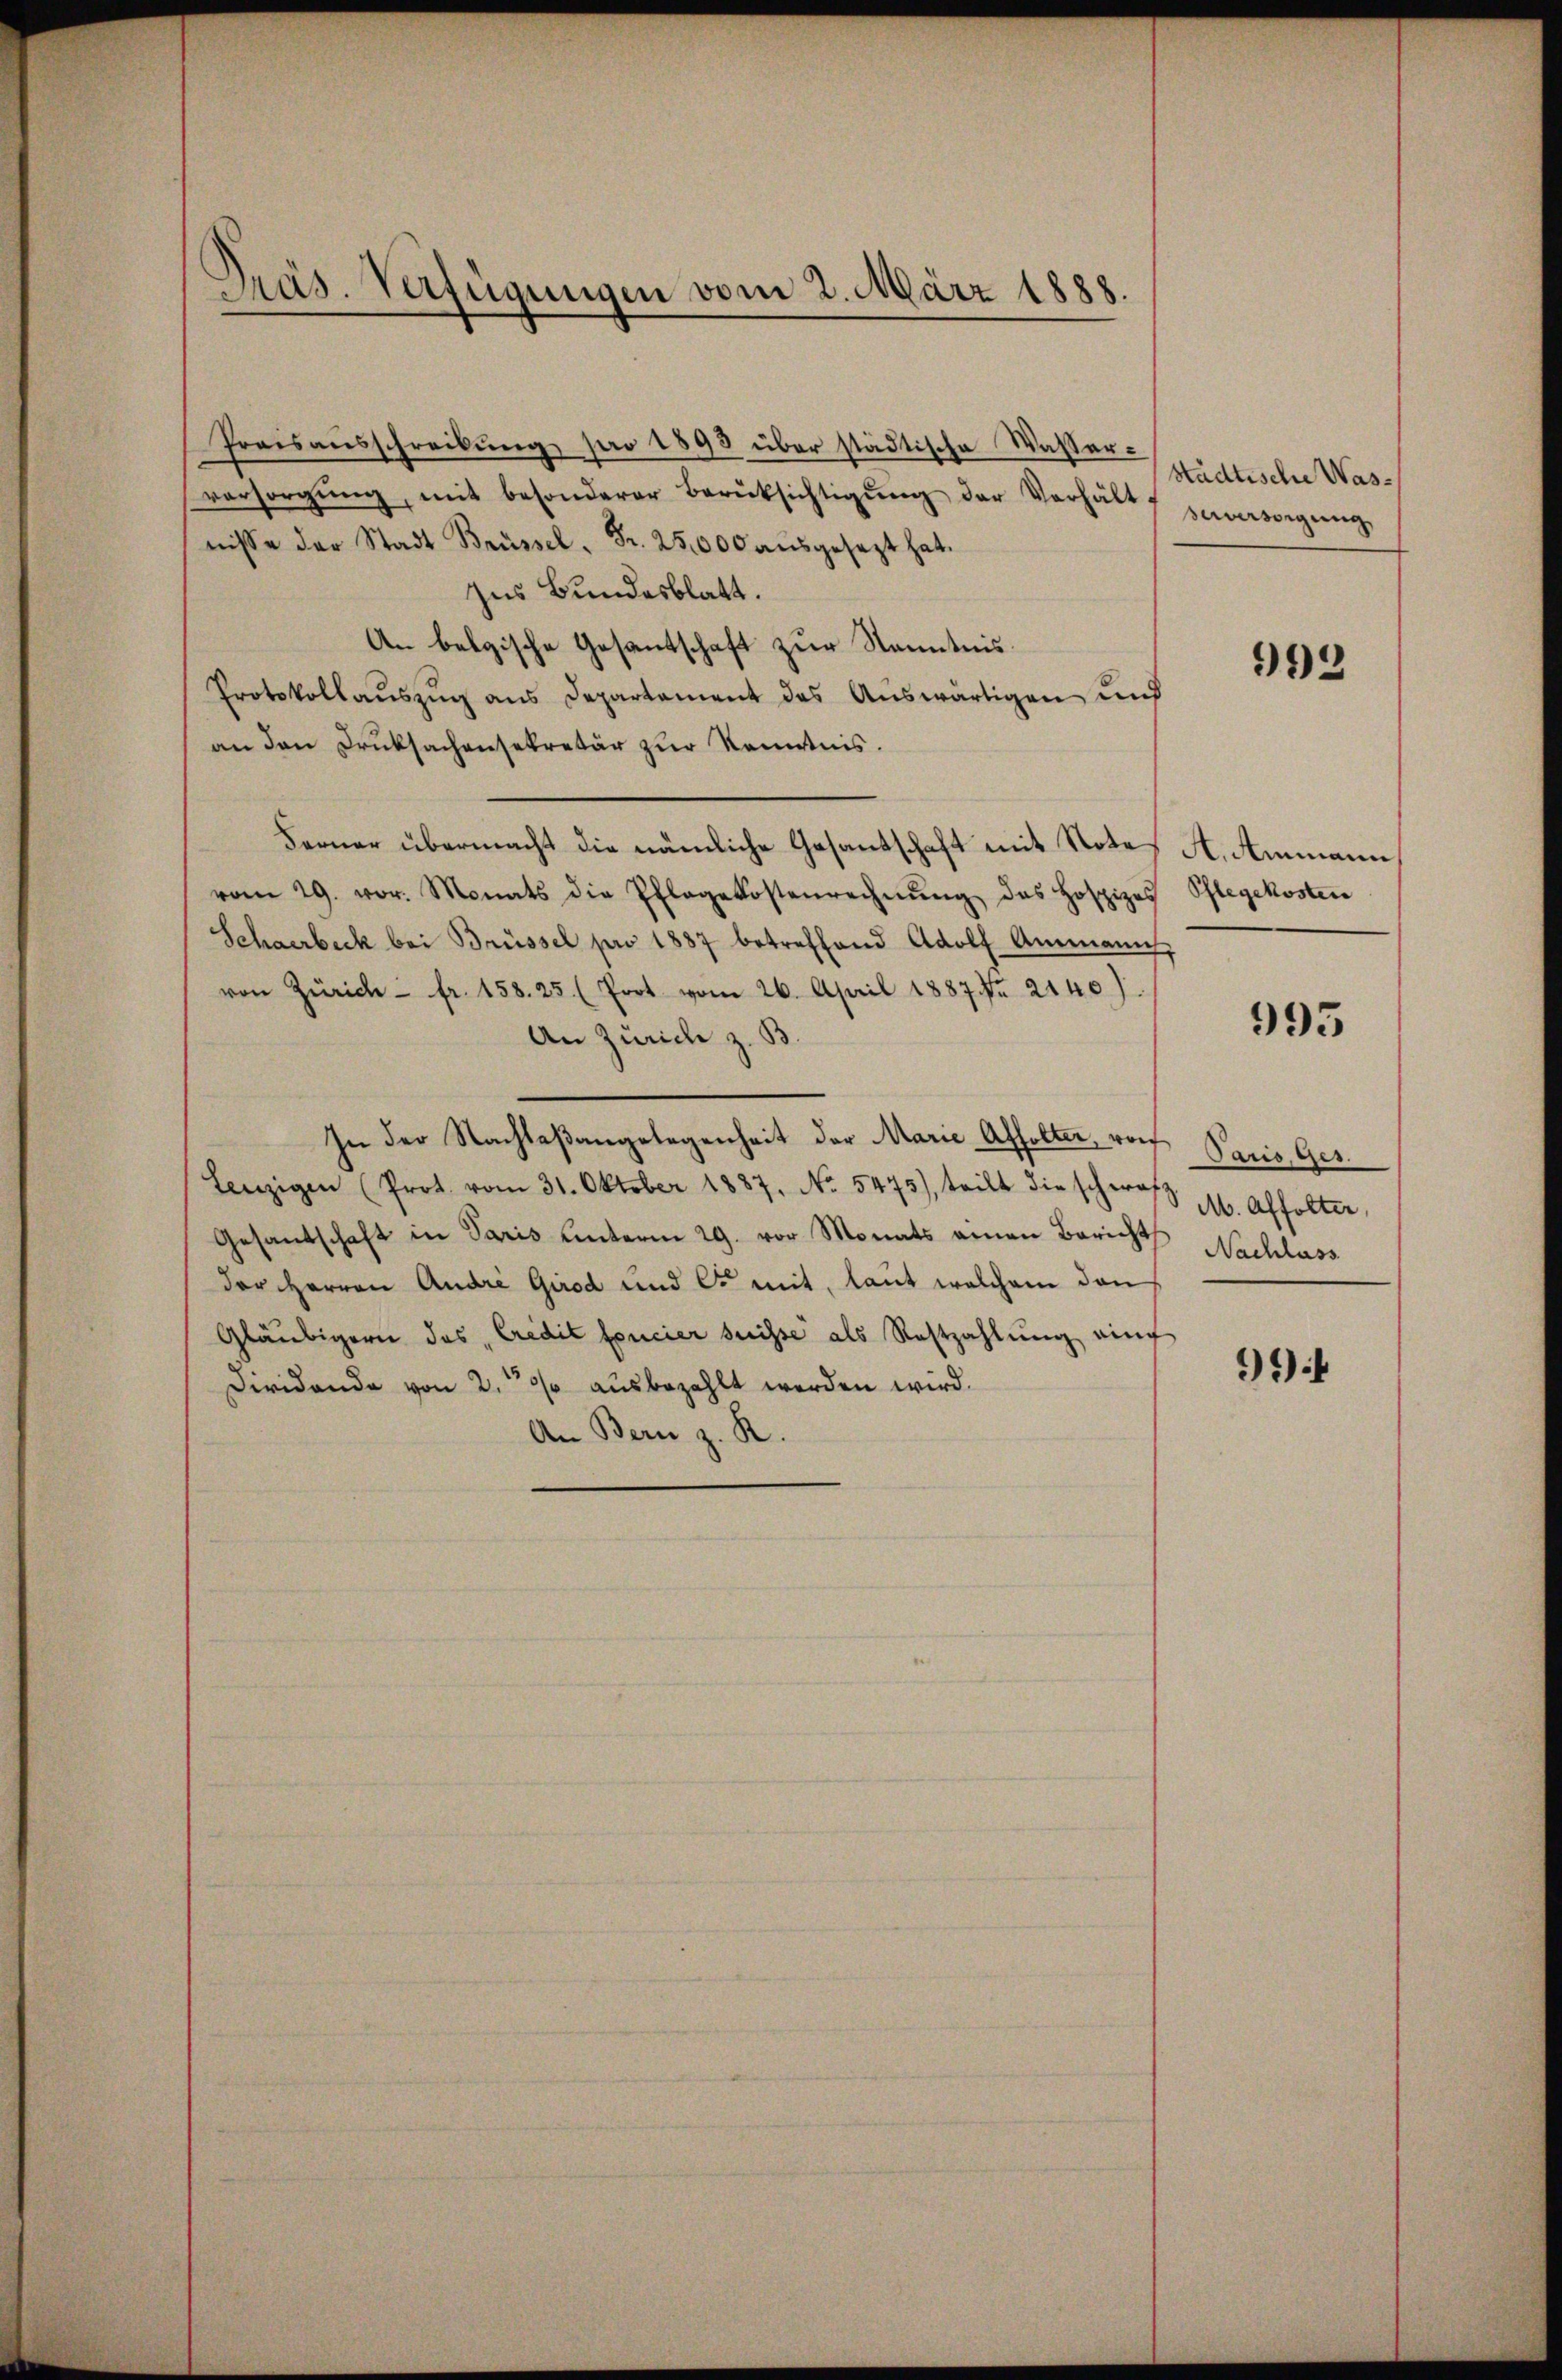
Präs. Verfügungen vom 2. März 1888.

Preisaŭsschreibŭng pro 1893 über städtische Wasser-
versorgŭng, mit besonderer Berüksichtigŭng der Verhält
nisse der Stadt Brüssel. Fr. 25,000 aŭsgesezt hat.
zus Bundesblatt.
An belgische Gesantschaft zur Kenntnis.
Protokollauszug aus Departement des Auswärtigen und
an den Druksachensekretär zur Kenntnis.
Ferner übermacht die nämliche Gesantschaft mit Notes A. Ammann
vom 29. vor. Monats die Pflegekostenrechnŭng des Hospizes Pflegekosten
Schwerbeck bei Brüssel pro 1887 betreffend Adolf Ammanich
von Zürich - fr. 158. 25. (fort vom 26. April 1887 Fr. 2140)
An Zürich z. B.
In der Nachlaßangelegenheit der Marie Affolter, rof Paris, Ges.
Einzigen (Prot. vom 31. Oktober 1887, No. 5475), teilt die schwarz 1. Affolter
Gesandschaft in Paris unterm 29. vor Monats einen Berichts Nachlass
der Herren Andre Girod und es mit, laut welchem den
Gläubigern das Credit foncier suisse als Restzahlŭng eing
Dividando von 200 aŭsbezahlt werden wird.
An Bern z. R.

Städtische Wasseverstigung

993

995

9